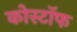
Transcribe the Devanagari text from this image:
कोस्टॉफ